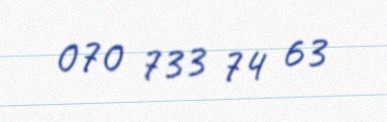
070 733 74 63